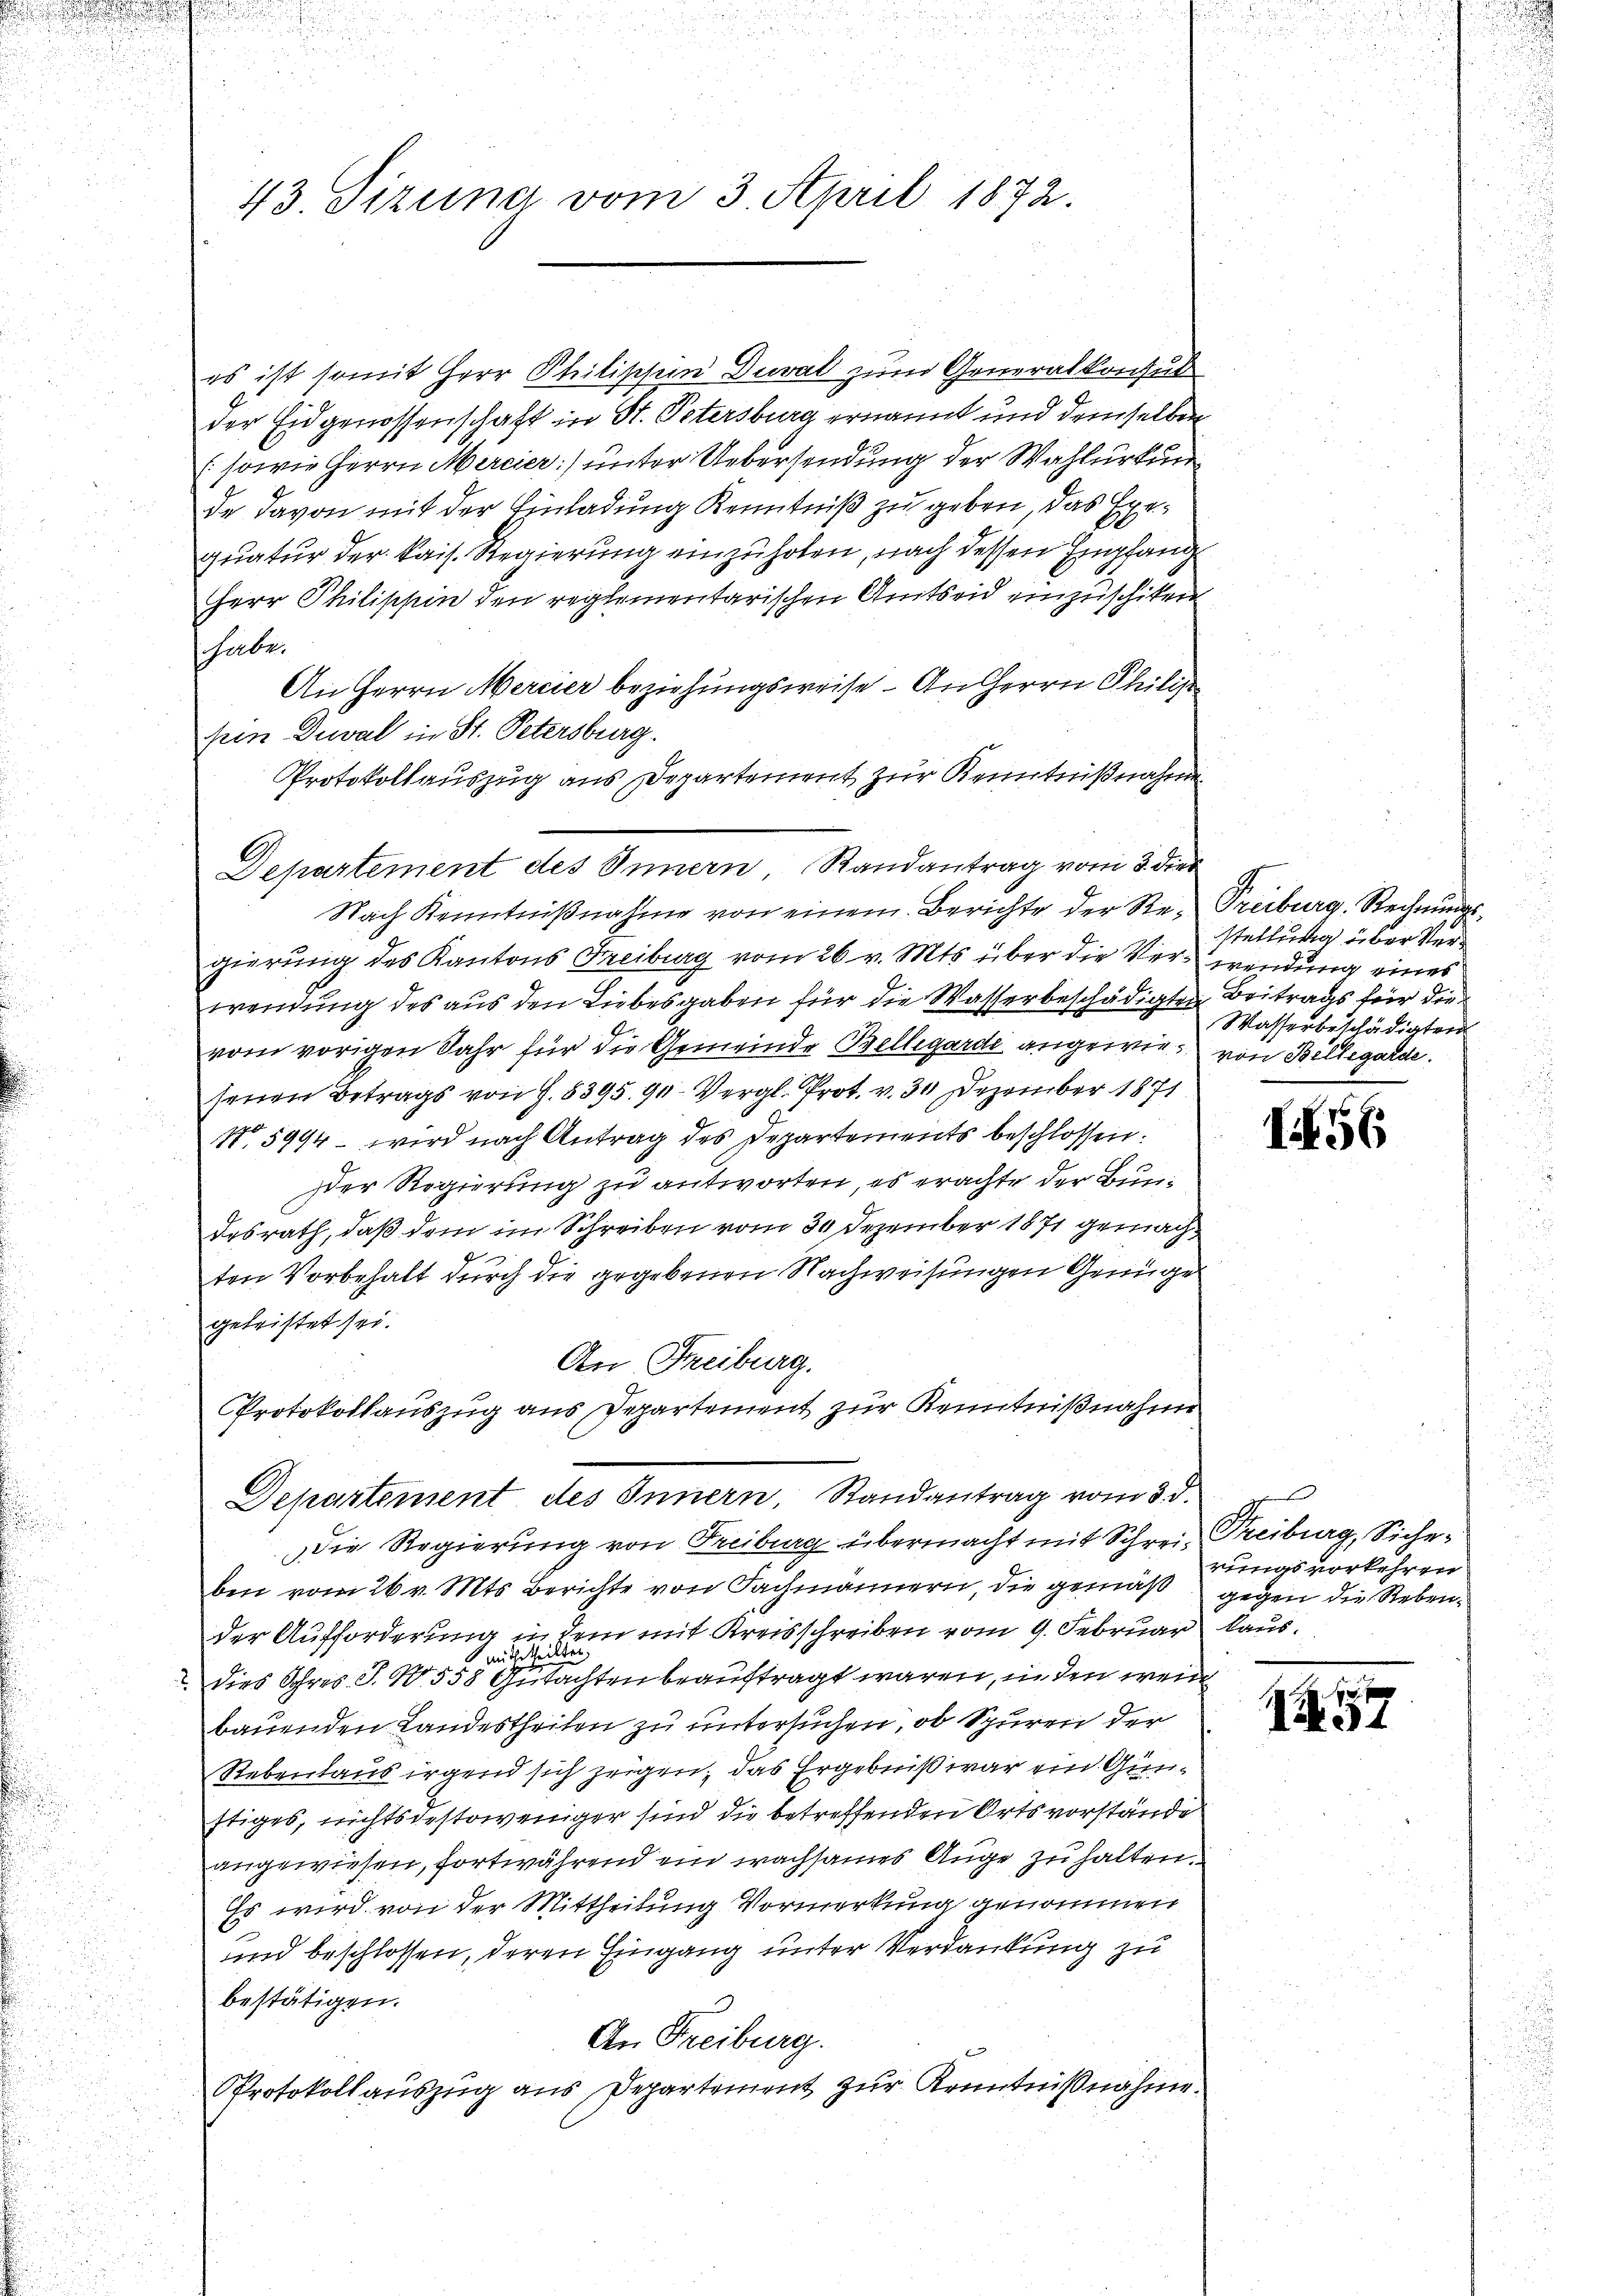
u

43. Sizung vom 3. April 1872.

es ist somit Herr Philischen Duval zum Generalkonsul
der Eidgenossenschaft in St. Petersburg ernannt und demselben
(sowie Herrn Mercier) unter Uebersendung der Wahlurkun
de davon mit der Einladung Kenntniß zu geben, das Exequatur der kais. Regierung einzuholen, nach dessen Empfang
Herr Philischin den reglementarischen Amtseid einzuschikten
habe.
An Herrn Mercier beziehungsweise. An Herrn Philis
sein Deval in St. Petersburg.
Protokollauszug aus Departement zur Kenntnißnahme

Departement des Innern Randantrag vom 3. dies

Departement des Innern, Randantrag vom 3. d.

Nach Kenntnißnahme von einem Berichte der Re- Treiburg. Rechnungsgierung des Kantons Freiburg vom 26 v. Mts. über die Verwendung eines
wendung des aus den Liebesgaben für die Wasserbeschädigten Beitrags für die
vom vorigen Jahr für die Gemeinde Bellegarde angewie, von Bellegarde.
senen Betrags von G. 8395. 90. Vergl. Prot. v. 30 Dezember 1871
No. 5994 – wird nach Antrag des Departements beschlossen:
Der Regierung zu antworten, es erachte der Bundesrath, daß dem im Schreiben vom 30 Dezember 1871 gemachten Vorbehalt durch die gegebenen Nachweisungen Genüge
getristet sei.
An Freiburg.
Protokollauszug aus Departement zur Kenntnißnahme

stellung über Ver¬
Wasserbeschädigten

Die Regierung von Freiburg übermacht mit Schrei Treiburg, Sicheben vom 26. v. Mts. Berichte von Fachmännern, die gemäß gegen die Rebender Aufforderung in dem mit Kreisschreiben vom 9. Februar lausmitgetheilung
. dies Ihres J. N. 558 Gutachten beauftragt waren, in den wenn
bauenden Landestheilen zu untersuchen, ob Spuren der
Rebentaus irgend sich zeigen, das Ergebniß war ein Gunftiges, nichtsdestoweniger sind die betreffenden Ortsvorstände
angewiesen, fortwährend ein wachsames Auge zu halten.
Es wird von der Mittheilung Vormerkung genommen
und beschlossen, deren Eingang unter Verdankung zu
bestätigen.
An Freiburg.
Protokollauszug aus Departement zur Kenntnißnahme.

I56

fte
rungsvorkehren

.
1